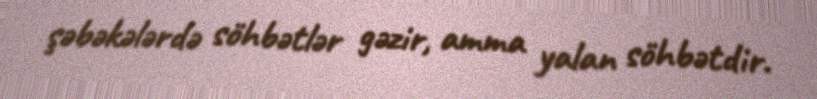
şəbəkələrdə söhbətlər gəzir, amma yalan söhbətdir.